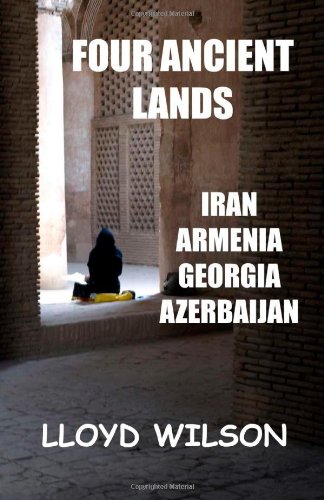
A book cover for Four Ancient Lands - Iran, Armenia, Georgia, Azerbaijan; Lloyd Wilson; Travel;